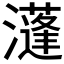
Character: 𤂧